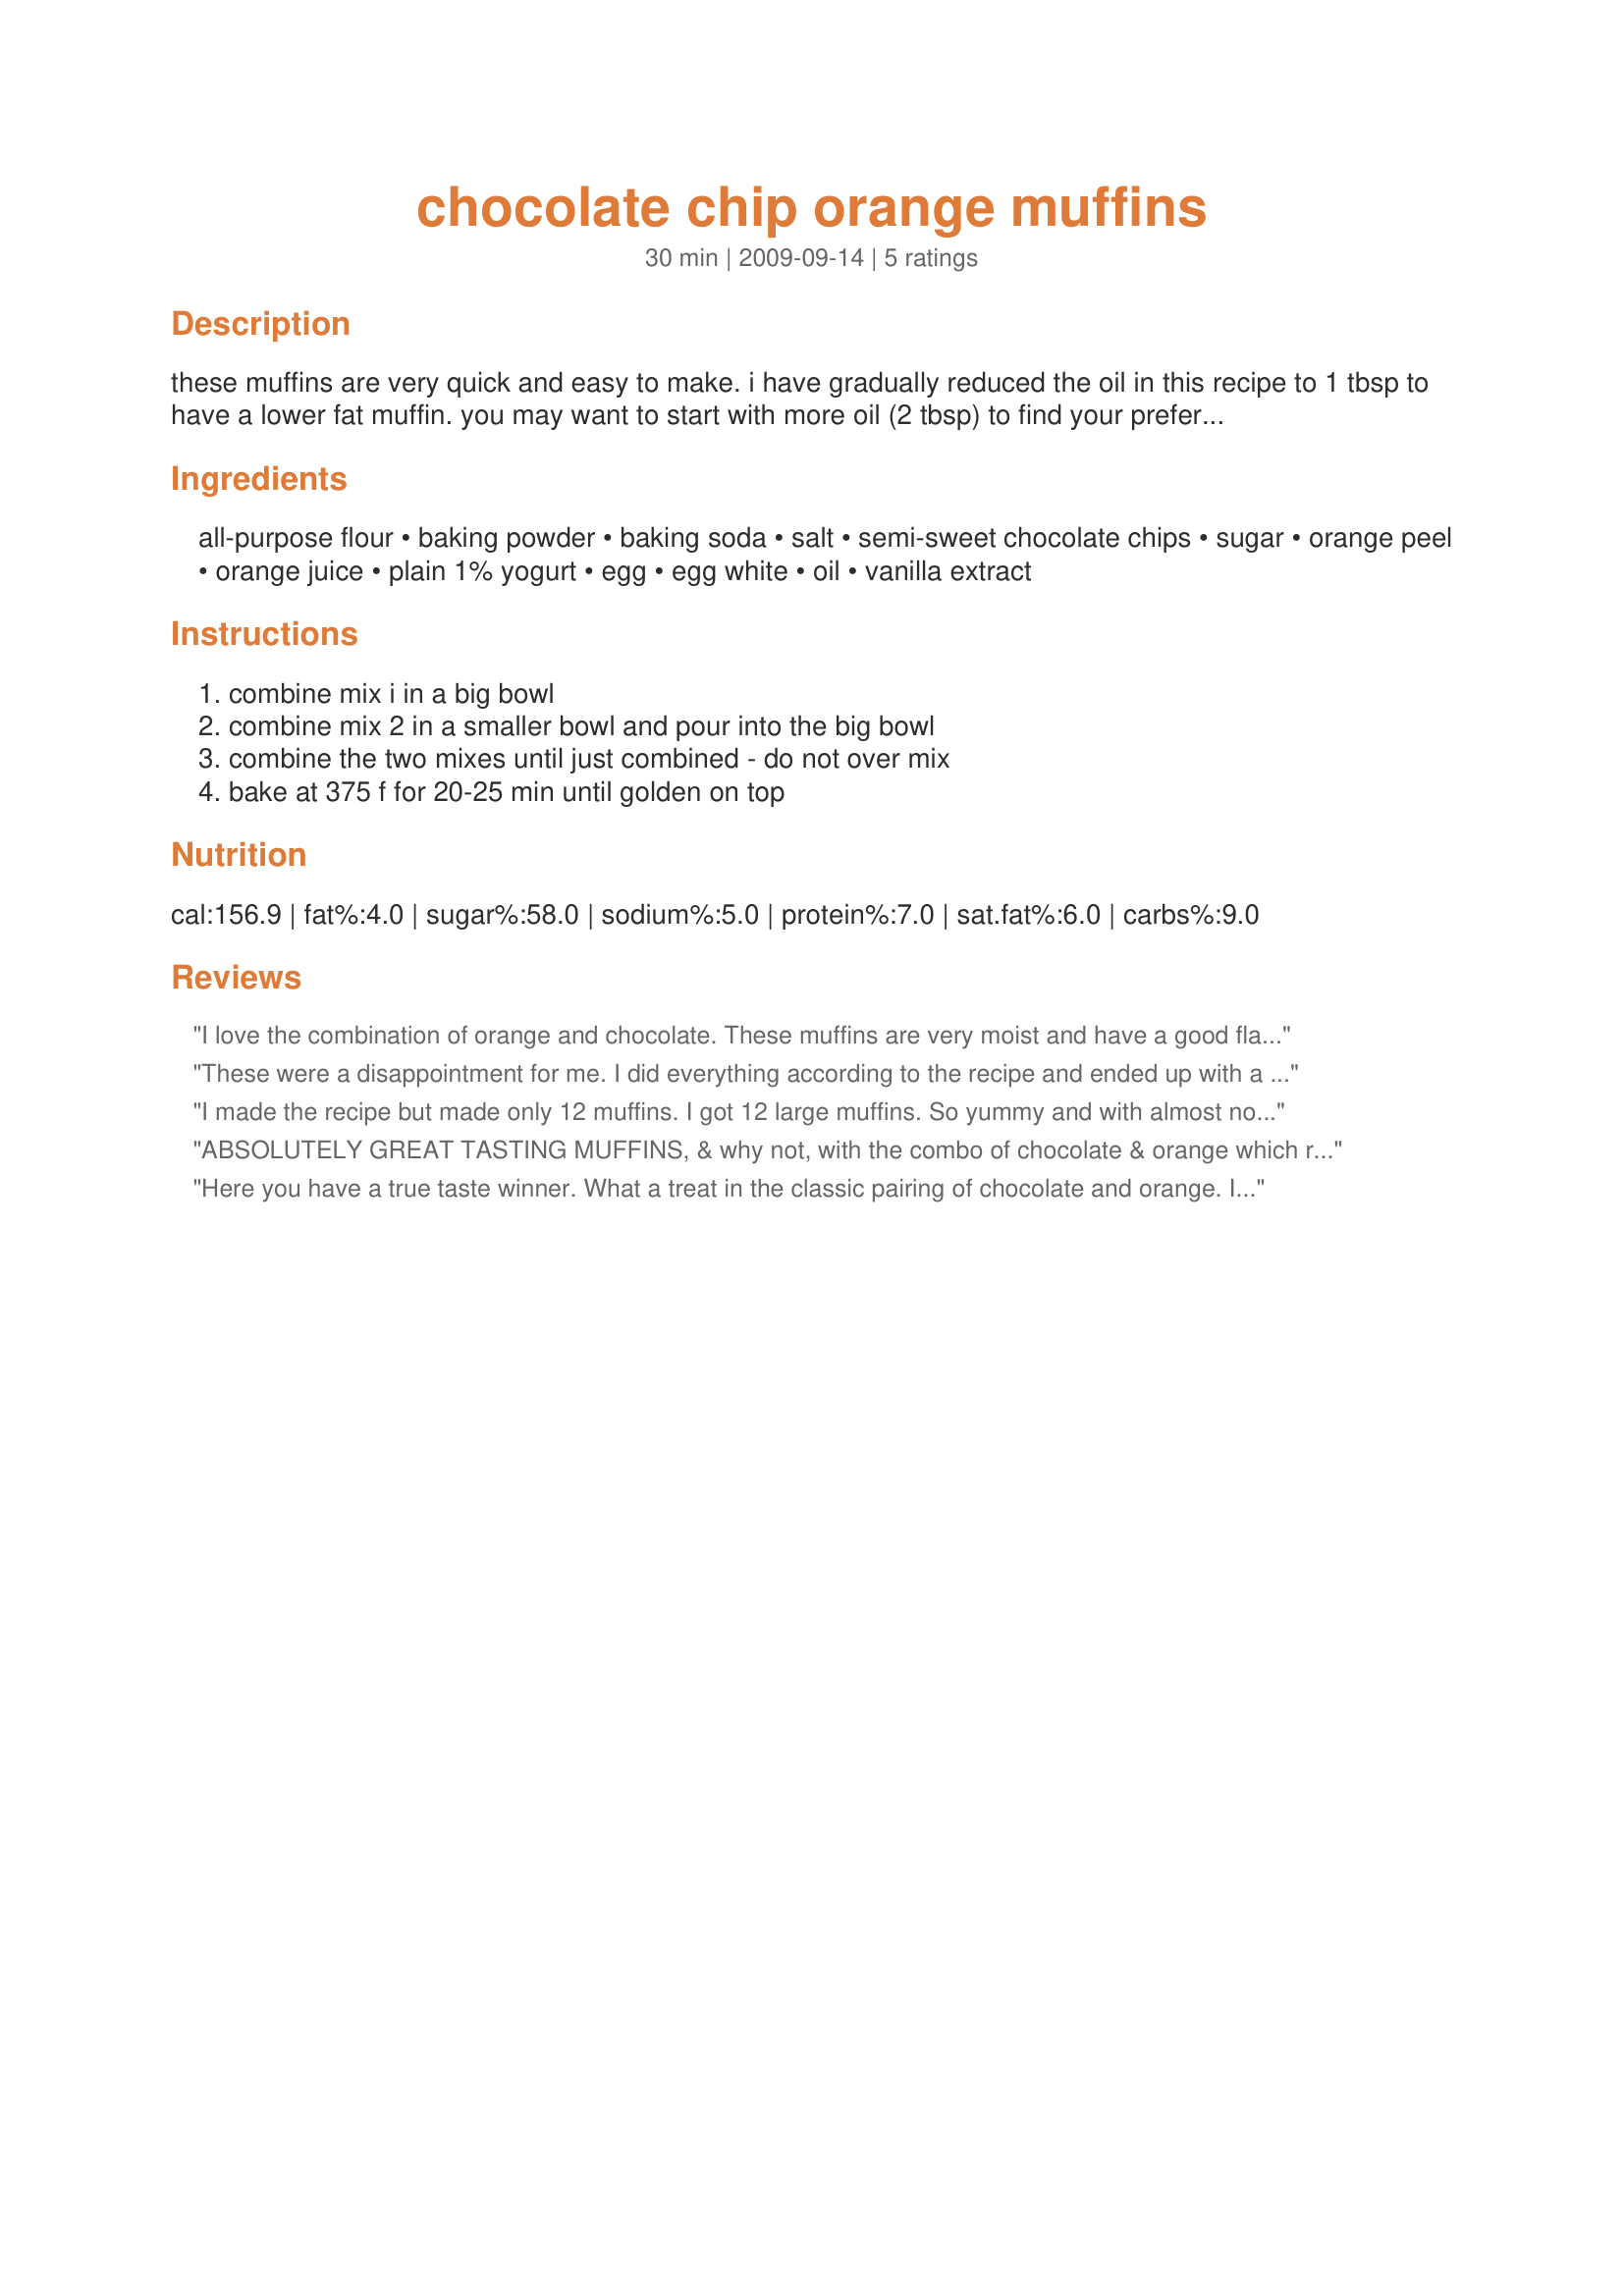
chocolate chip orange muffins
Preparation time: 30 minutes

these muffins are very quick and easy to make. i have gradually reduced the oil in this recipe to 1 tbsp to have a lower fat muffin. you may want to start with more oil (2 tbsp) to find your preferred texture.

Ingredients:
all-purpose flour, baking powder, baking soda, salt, semi-sweet chocolate chips, sugar, orange peel, orange juice, plain 1% yogurt, egg, egg white, oil, vanilla extract

Steps:
combine mix i in a big bowl, combine mix 2 in a smaller bowl and pour into the big bowl, combine the two mixes until just combined - do not over mix, bake at 375 f for 20-25 min until golden on top

Reviews:
I love the combination of orange and chocolate. These muffins are very moist and have a good flavor. I used the 1 T oil. The texture was different from what I am used to so I will tweak a bit next time. I filled my regular muffin pan pretty full and ended up with 13 muffins (12 in muffin pan and 1 in sili-cup). Thank you for the recipe. Made for Sweet Traditions tag game.
These were a disappointment for me. I did everything according to the recipe and ended up with a batter that looked slightly too thin. Then in the oven the muffins didn't grow too much and now when they are done I'm a little skeptical about their texture. It is kind of stretchy. Are they supposed to be like this? I tried them and they're very orangy and not bad but I'm not sure if I should eat them. <br/>I wonder what I did wrong. Maybe it's the concentrate juice?
I made the recipe but made only 12 muffins. I got 12 large muffins. So yummy and with almost no fat. That's great :) The orange and chocolate taste is great. I used only 1/2 cup of sugar. I used only 1 egg, no egg white. But I added a little more yogurt. I used Tropicana orange juice. Thanks Deantini :) Made for PRMR tag game
ABSOLUTELY GREAT TASTING MUFFINS, & why not, with the combo of chocolate & orange which really gets me goin'! I did boost the amount of orange zest a bit, but other than that, followed the recipe right on down! Definitely a keeper of a recipe! [Made & reviewed in Went to the Market tag]
Here you have a true taste winner. What a treat in the classic pairing of chocolate and orange. I used Splenda for the sugar, unsweetened oj, vanilla yogurt just because I had a little to use up and all egg white. They are simply delicious with the outside being on the crisp side and the inside being oh so tender, moist and flavorful. 20 mins was the perfect baking time with my oven set at 360F. Your first thought will be "mmmmmmm" when your first hit with the perfect amount of orange and semi sweet chocolate and your second will be to grab another before someone beats you to it! Made for Photo Tag.
